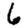
Digit: 6